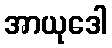
အာယုဒေါ